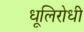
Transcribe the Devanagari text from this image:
धूलिरोधी